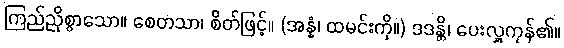
ကြည်ညိုစွာသော။ စေတသာ၊ စိတ်ဖြင့်။ (အန္နံ၊ ထမင်းကို။) ဒဒန္တိ၊ ပေးလှူကုန်၏။